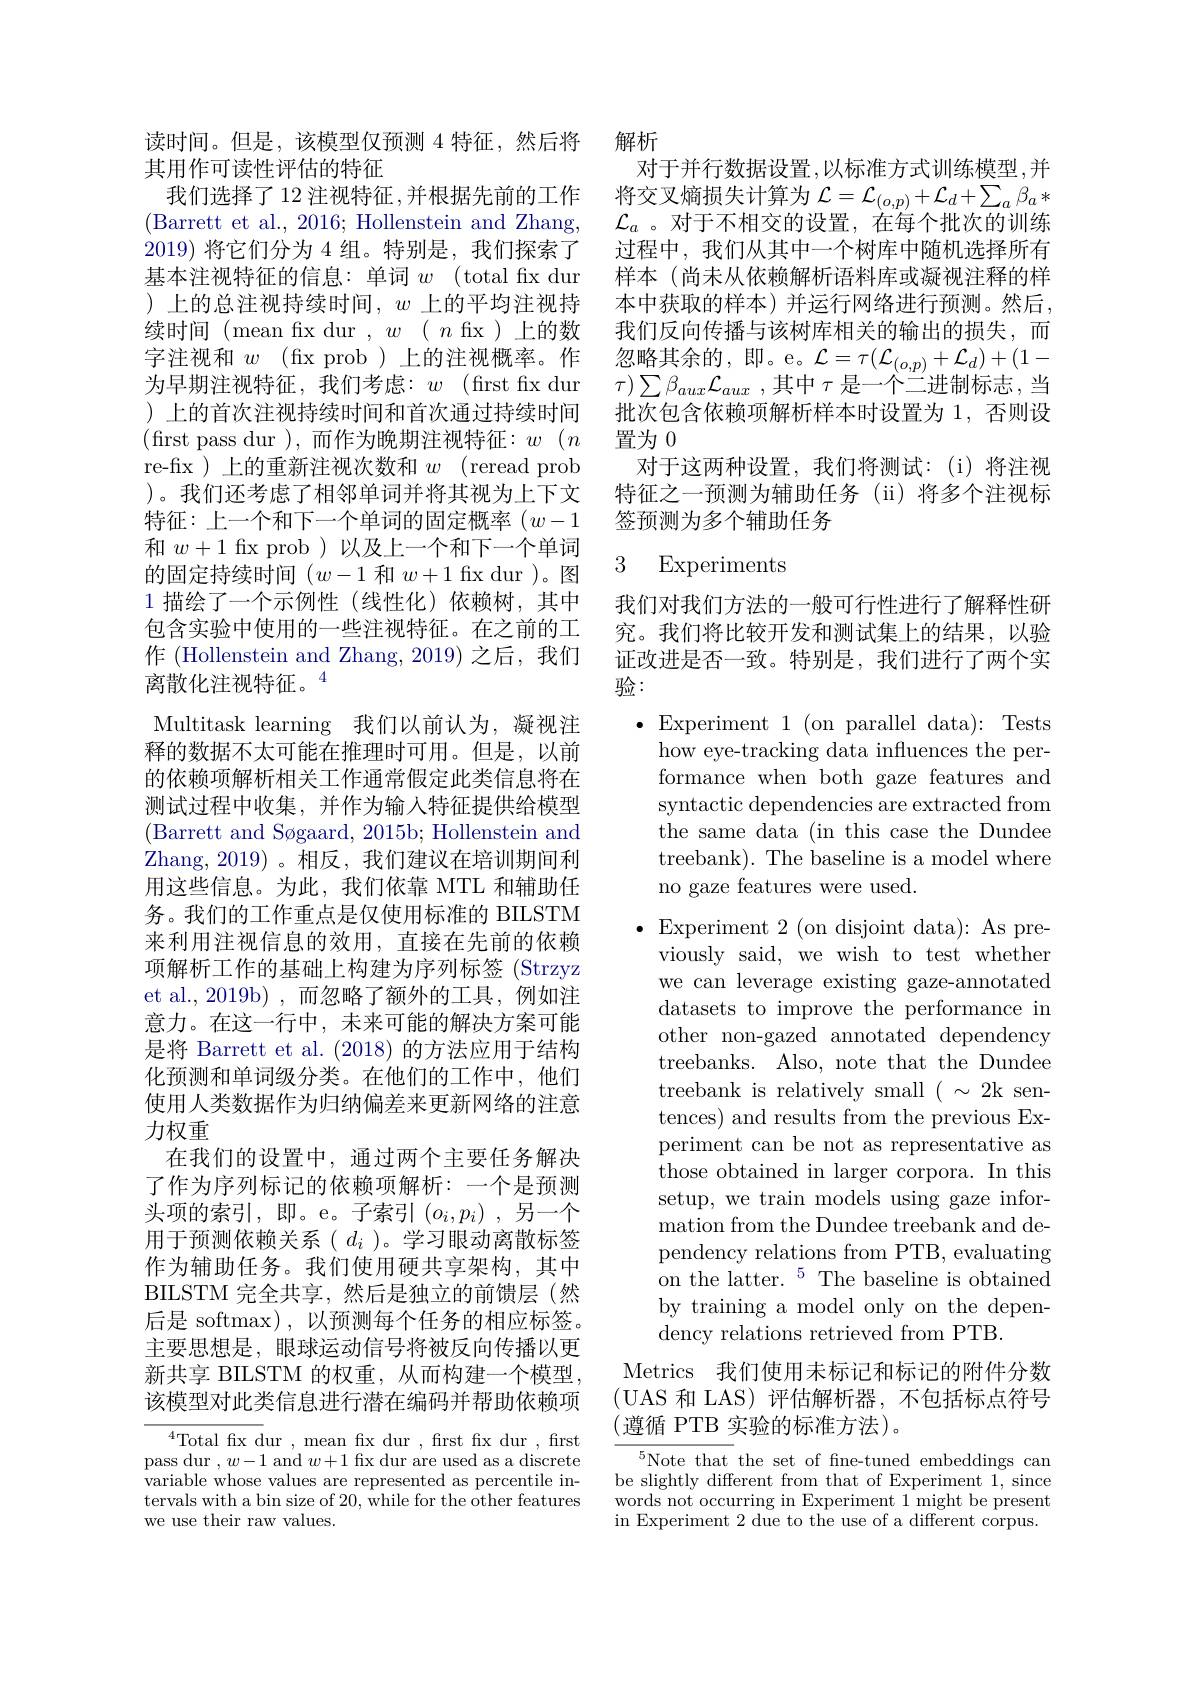
读时间。但是，该模型仅预测 4 特征，然后将
其用作可读性评估的特征
我们选择了12 注视特征 ,并根据先前的工作(Barrett et al., 2016; Hollenstein and Zhang, 2019)将它们分为 4 组。特别是，我们探索了基本注视特征的信息：单词$w$ (total fix dur )上的总注视持续时间，$w$上的平均注视持续时间(mean fix dur $,w(\begin{array}{c}n\text{fix)上的数}\end{array}$ 字注视和$w$(fxprob)上的注视概率。作为早期注视特征，我们考虑：$w$(first fix dur ) 上的首次注视持续时间和首次通过持续时间(first pass dur ),而作为晚期注视特征：$w(n$ re-fix )上的重新注视次数和$w$ (reread prob )。我们还考虑了相邻单词并将其视为上下文特征：上一个和下一个单词的固定概率($w-1$ 和$w+1$ fx prob )以及上一个和下一个单词的固定持续时间$(w-1$和$w+1$ fix dur )。图1描绘了一个示例性(线性化)依赖树，其中包含实验中使用的一些注视特征。在之前的工作 (Hollenstein and Zhang, 2019) 之后，我们离散化注视特征。$^{4}$
Multitask learning 我们以前认为，凝视注释的数据不太可能在推理时可用。但是，以前的依赖项解析相关工作通常假定此类信息将在测试过程中收集，并作为输入特征提供给模型(Barrett and Søgaard, 2015b; Hollenstein and Zhang, 2019)。相反，我们建议在培训期间利用这些信息。为此，我们依靠 MTL 和辅助任务。我们的工作重点是仅使用标准的 BILSTM 来利用注视信息的效用，直接在先前的依赖项解析工作的基础上构建为序列标签 (Strzyz et al.,2019b) ,而忽略了额外的工具，例如注意力。在这一行中，未来可能的解决方案可能是将 Barrett et al. (2018)的方法应用于结构化预测和单词级分类。在他们的工作中，他们使用人类数据作为归纳偏差来更新网络的注意力权重
在我们的设置中，通过两个主要任务解决了作为序列标记的依赖项解析：一个是预测头项的索引，即。e。子索引$(o_i,p_i)$,另一个用于预测依赖关系( $d_i$ )。学习眼动离散标签作为辅助任务。我们使用硬共享架构，其中BILSTM 完全共享，然后是独立的前馈层(然后是 softmax) , 以预测每个任务的相应标签。主要思想是，眼球运动信号将被反向传播以更新共享 BILSTM 的权重，从而构建一个模型， 该模型对此类信息进行潜在编码并帮助依赖项
$^{4}$Total fx dur, mean fx dur, frst fix dur, frst pass dur $,w-1$ and $w+1$ fix dur are used as a discrete

variable whose values are represented as percentile intervals with a bin size of 20, while for the other features we use their raw values.

解析
对于并行数据设置，以标准方式训练模型，并将交叉熵损失计算为$\mathcal{L}=\mathcal{L}_(o,p)+\mathcal{L}_d+\sum_a\beta_a*$ $\mathcal{L}_a$ 。对于不相交的设置，在每个批次的训练过程中，我们从其中一个树库中随机选择所有样本 (尚未从依赖解析语料库或凝视注释的样本中获取的样本)并运行网络进行预测。然后， 我们反向传播与该树库相关的输出的损失，而忽略其余的，即。e。$\mathcal{L}=\tau(\mathcal{L}_{(o,p)}+\mathcal{L}_d)+(1-$ $\tau ) \sum \beta _{aux}\mathcal{L} _{aux}$ ,其中$\tau$ 是一个二进制标志，当批次包含依赖项解析样本时设置为 1, 否则设置为0
对于这两种设置，我们将测试：(i)将注视特征之一预测为辅助任务 (ii) 将多个注视标签预测为多个辅助任务

# 3 Experiments

我们对我们方法的一般可行性进行了解释性研究。我们将比较开发和测试集上的结果，以验证改进是否一致。特别是，我们进行了两个实验：

$\bullet$Experiment 1$\allowbreak ( {\mathrm{mod}} $Tests)
how eye-tracking data influences the performance when both gaze features and syntactic dependencies are extracted from the same data (in this case the Dundee treebank). The baseline is a model where no gaze features were used.

$\bullet$Experiment 2(on disjoint data): As pre-
viously said, we wish to test whether we can leverage existing gaze-annotated datasets to improve the performance in other non-gazed annotated dependency treebanks. Also, note that the Dundee treebank is relatively small $(~\sim~2$k sentences) and results from the previous Experiment can be not as representative as those obtained in larger corpora. In this setup, we train models using gaze information from the Dundee treebank and dependency relations from PTB, evaluating on the latter.$^5$The baseline is obtained by training a model only on the dependency relations retrieved from PTB.

Metrics 我们使用未标记和标记的附件分数(UAS 和 LAS)评估解析器，不包括标点符号(遵循 PTB 实验的标准方法)。

$^{5}$Note that the set of fne-tuned embeddings can be slightly different from that of Experiment 1, since words not occurring in Experiment 1 might be present in Experiment 2 due to the use of a different corpus.